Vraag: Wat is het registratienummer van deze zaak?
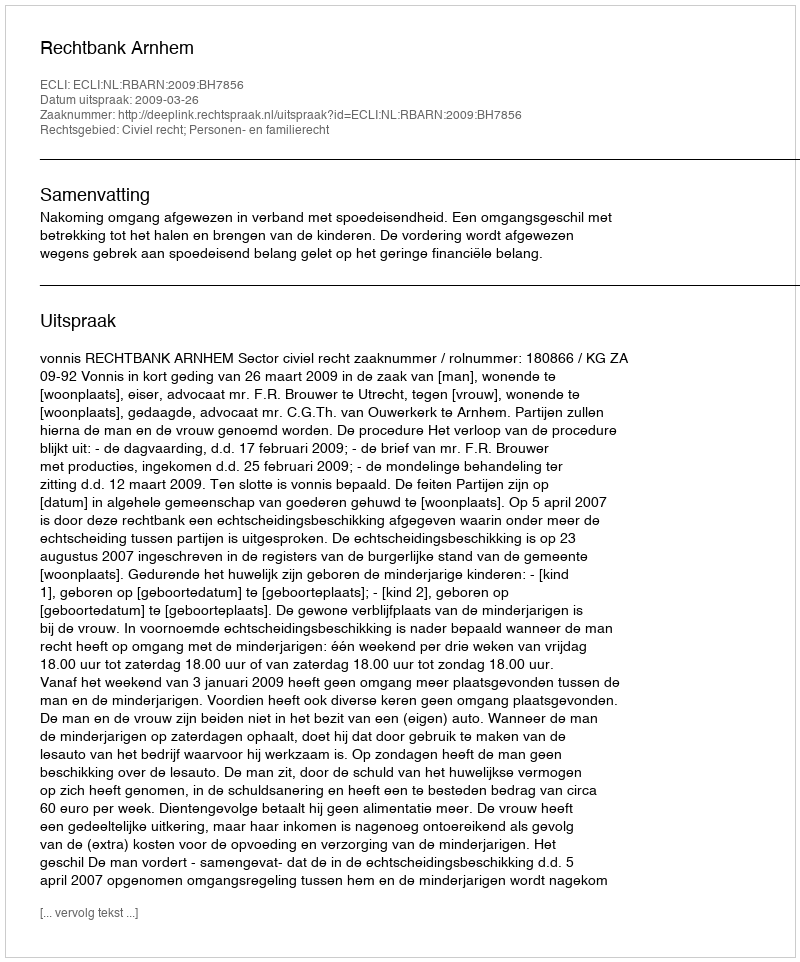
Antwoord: http://deeplink.rechtspraak.nl/uitspraak?id=ECLI:NL:RBARN:2009:BH7856